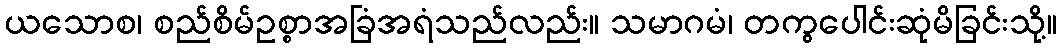
ယသောစ၊ စည်စိမ်ဥစ္စာအခြံအရံသည်လည်း။ သမာဂမံ၊ တကွပေါင်းဆုံမိခြင်းသို့။